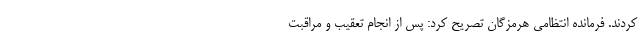
کردند. فرمانده انتظامی هرمزگان تصریح کرد: پس از انجام تعقیب و مراقبت